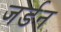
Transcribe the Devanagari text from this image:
जर्डन